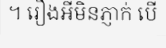
។ រឿងអីមិនភ្ញាក់ បើ